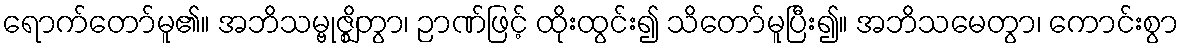
ရောက်တော်မူ၏။ အဘိသမ္ဗုဇ္ဈိတွာ၊ ဉာဏ်ဖြင့် ထိုးထွင်း၍ သိတော်မူပြီး၍။ အဘိသမေတွာ၊ ကောင်းစွာ